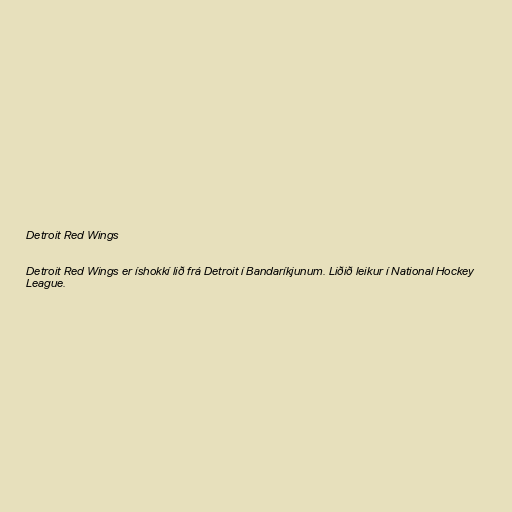
Detroit Red Wings

Detroit Red Wings er íshokkí lið frá Detroit í Bandaríkjunum. Liðið leikur í National Hockey
League.